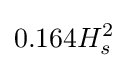
0.164H_{s}^{2}